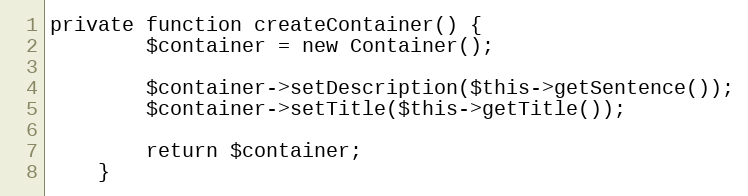
Language: PHP
private function createContainer() {
        $container = new Container();

        $container->setDescription($this->getSentence());
        $container->setTitle($this->getTitle());

        return $container;
    }